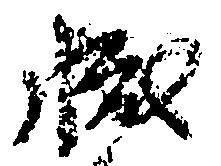
減